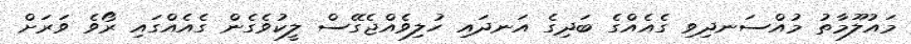
މައުލޫމާތު މުއްސަނދިވި ގެއެއްގެ ބަދިގެ އަނދައި ހުލިވެއްޖެގޭސް ލީކުވެގެން ގެއެއްގައި ރޯވެ ވަރަށް